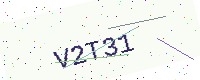
Text: V2T31